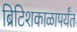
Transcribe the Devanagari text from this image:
ब्रिटिशकाळापर्यंत